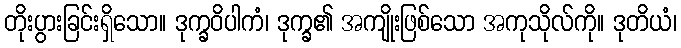
တိုးပွားခြင်းရှိသော။ ဒုက္ခဝိပါကံ၊ ဒုက္ခ၏ အကျိုးဖြစ်သော အကုသိုလ်ကို။ ဒုတိယံ၊